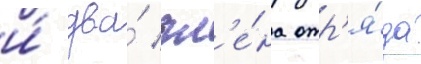
и́ два́ чл'е́на отр'я́да